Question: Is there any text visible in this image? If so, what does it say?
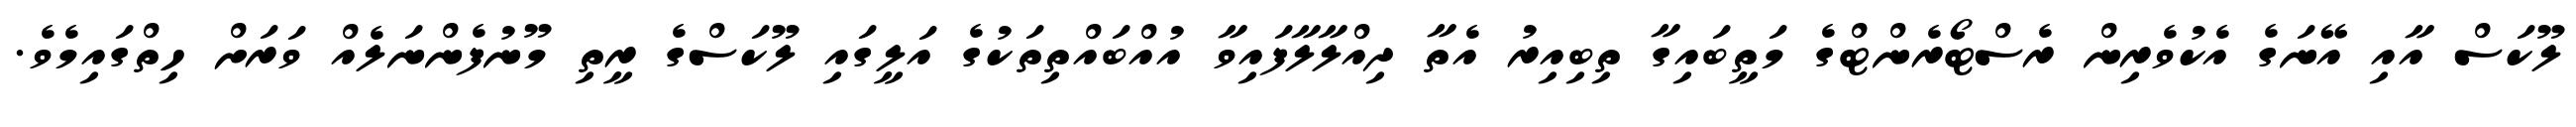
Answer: ލޫކަސް އާއި އޭނަގެ އެކުވެރިން ރެސްޓޯރެންޓްގެ މަތީބައިގާ ތިބިއިރު އެތާ ދިއްލާލާފައިވާ އުއްބައްތިތަކުގެ އަލީގައި ލޫކަސްގެ ރީތި މޫނުފެންނަލެއް ވަރަށް ހިތްގައިމެވެ.